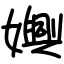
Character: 嬹